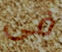
فى